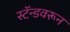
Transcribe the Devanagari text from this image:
स्टॅन्डवरून